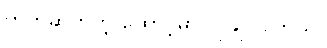
တိတ်ဆိတ်တဲ့ ထောင့်မှာ လိုချင်ပါတယ်။